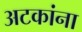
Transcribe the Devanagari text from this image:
अटकांना